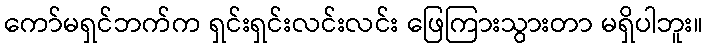
ကော်မရှင်ဘက်က ရှင်းရှင်းလင်းလင်း ဖြေကြားသွားတာ မရှိပါဘူး။